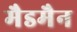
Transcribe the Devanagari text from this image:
मैडमैन